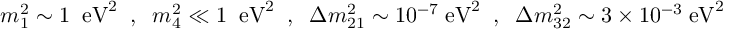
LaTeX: m _ { 1 } ^ { 2 } \sim 1 \; \; \mathrm { e V } ^ { 2 } \; \; , \; \; m _ { 4 } ^ { 2 } \ll 1 \; \; \mathrm { e V } ^ { 2 } \; \; , \; \; \Delta m _ { 2 1 } ^ { 2 } \sim 1 0 ^ { - 7 } \; \mathrm { e V } ^ { 2 } \; \; , \; \; \Delta m _ { 3 2 } ^ { 2 } \sim 3 \times 1 0 ^ { - 3 } \; \mathrm { e V } ^ { 2 }